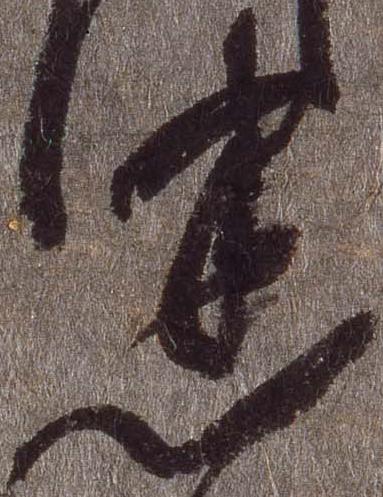
悉